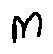
m